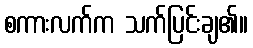
စကားလက်က သက်ပြင်းချ၏။